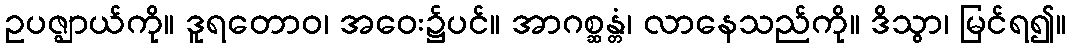
ဥပဇ္ဈာယ်ကို။ ဒူရတောဝ၊ အဝေး၌ပင်။ အာဂစ္ဆန္တံ၊ လာနေသည်ကို။ ဒိသွာ၊ မြင်ရ၍။